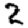
Digit: 2